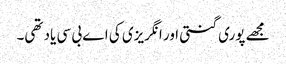
مجھے پوری گنتی اور انگریزی کی اے بی سی یاد تھی۔